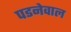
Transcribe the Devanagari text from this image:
पडनेवाल